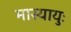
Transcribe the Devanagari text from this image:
मास्यायुः